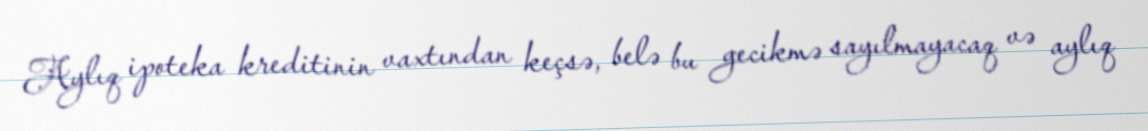
Aylıq ipoteka kreditinin vaxtından keçsə, belə bu gecikmə sayılmayacaq və aylıq